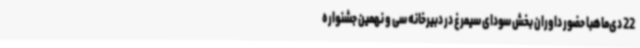
22 دی‌ماهبا حضور داوران بخش سودای سیمرغ در دبیرخانه سی و نهمین جشنواره